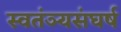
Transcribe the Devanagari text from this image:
स्वतंञ्यसंघर्ष